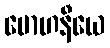
မောဟနီယေ